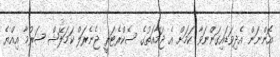
އޮންނަން އެދިވަޑައިގަންނަވާ ކަމަށް އެ ޖަމާއަތުގެ ސެކްރެޓަރީ ޖެނެރަލް ކަމަލޭޝް ޝަރުމާ އިއްޔެ